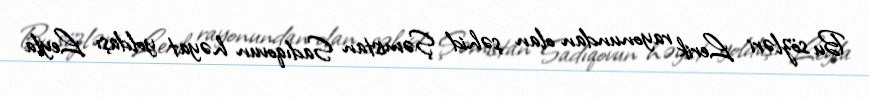
Bu sözləri Lerik rayonundan olan şəhid Şəmistan Sadıqovun həyat yoldaşı Leyla